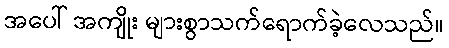
အပေါ် အကျိုး များစွာသက်ရောက်ခဲ့လေသည်။